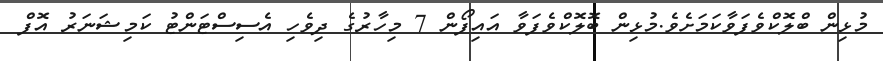
މުޅިން ބްލޮކްވެފަވާކަމަށެވެ.މުޅިން ބޮލޮކްވެފަވާ އައިފޯން 7 މިހާރުގެ ދިވެހި އެސިސްޓަންޓު ކަމިޝަނަރު އޮފް